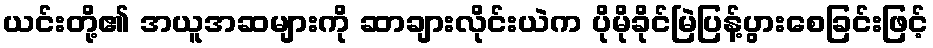
ယင်းတို့၏ အယူအဆများကို ဆာချားလိုင်းယဲက ပိုမိုခိုင်မြဲပြန့်ပွားစေခြင်းဖြင့်